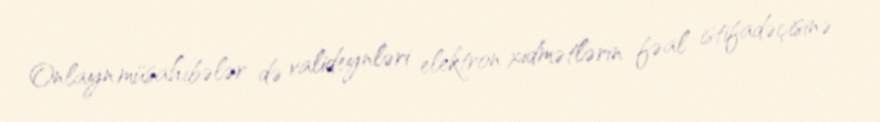
Onlayn müsahibələr də valideynləri elektron xidmətlərin fəal istifadəçisinə